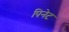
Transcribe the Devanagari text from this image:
पिनेट